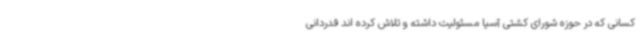
کسانی که در حوزه شورای کشتی آسیا مسئولیت داشته و تلاش کرده اند قدردانی